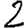
Digit: 2